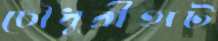
চৌধুরীহাট